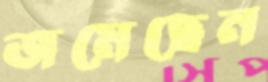
জমেছেন